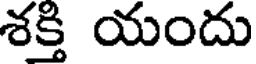
శక్తి యందు